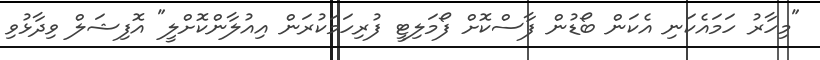
"މިހާރު ހަމައެކަނި އެކަން ބޯޑުން ފާސްކޮށް ފޯމަލިޓީ ފުރިހަމަކުރަން އިއުލާންކޮށްލީ" އޮފިޝަލް ވިދާޅުވި